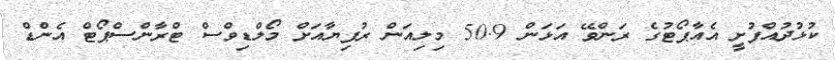
ކުޅުދުއްފުށީ އެއާޕޯޓުގެ ރަންވޭ އަޅަން 50.9 މިލިއަން ރުފިޔާއަށް މޯލްޑިވްސް ޓްރާންސްޕޯޓް އެންޑް